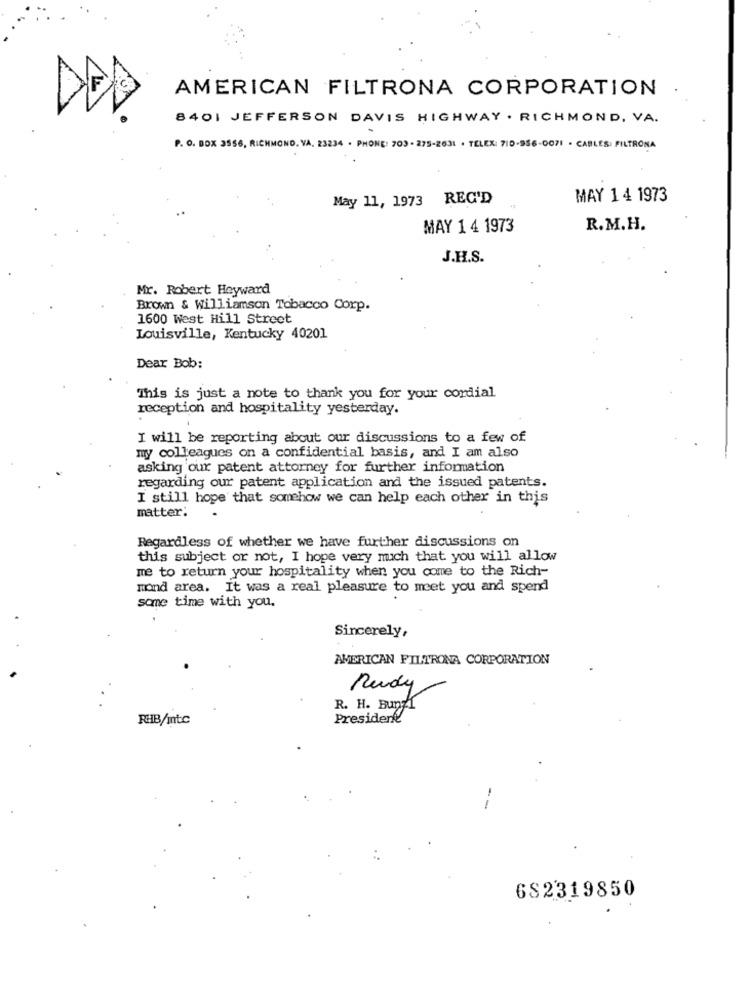
AMERICAN FILTRONA CORPORATION
DED
8401 JEFFERSON DAVIS HIGHWAY . RICHMOND, VA.
P. O. BOX 3556, RICHMOND. VA. 23234 . PHONE: 703 - 275-2631 . TELEX: 710-956-0071 . CABLES: FILTRONA
May 11, 1973 REC'D
MAY 1 4 1973
MAY 1 4 1973
R.M.H.
J.H.S.
Mr. Robert Heyward
Brown & Williamson Tobacco Corp.
1600 West Hill Street
Louisville, Kentucky 40201
Dear Bob:
This is just a note to thank you for your cordial
reception and hospitality yesterday.
I will be reporting about our discussions to a few of
my colleagues on a confidential basis, and I am also
asking our patent attorney for further information
regarding our patent application and the issued patents.
I still hope that somehow we can help each other in this
matter:
Regardless of whether we have further discussions on
this subject or not, I hope very much that you will allow
me to return your hospitality when you come to the Rich-
mond area. It was a real pleasure to meet you and spend
some time with you.
Sincerely,
AMERICAN FILTRONA CORPORATION
Rudy
R. H. BunK
RHB/mtc
President
682319850